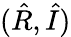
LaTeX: (\hat{R},\hat{I})